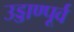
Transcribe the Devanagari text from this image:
उड्डाण्पूर्व